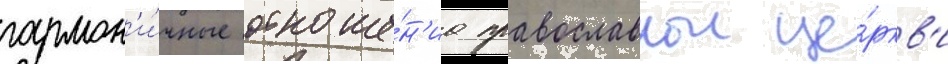
гармон'и́чные отноше́н'иа православнои це́ркв'и